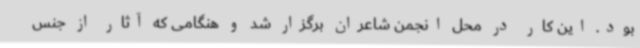
بود. این کار در محل انجمن شاعران برگزار شد و هنگامی که آثار از جنس